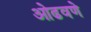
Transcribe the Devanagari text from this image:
ओढवणे